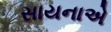
સાયનાએ